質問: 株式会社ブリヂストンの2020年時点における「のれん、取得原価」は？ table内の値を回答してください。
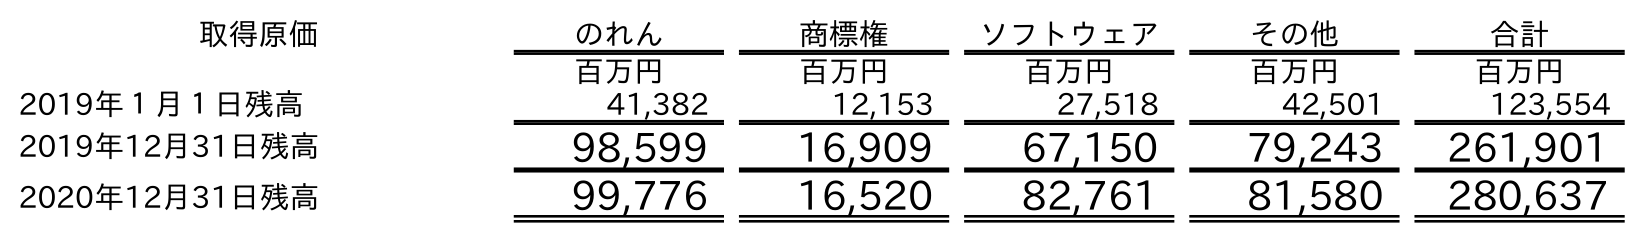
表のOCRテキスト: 取得原価 のれん 商標権 ソフトウェア その他 合計 百万円 百万円 百万円 百万円 百万円 2019年１月１日残高 41,382 12,153 27,518 42,501 123,554 2019年12月31日残高 98,599 16,909 67,150 79,243 261,901 2020年12月31日残高 99,776 16,520 82,761 81,580 280,637
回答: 99,776